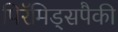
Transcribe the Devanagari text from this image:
पिरॅमिड्सपैकी